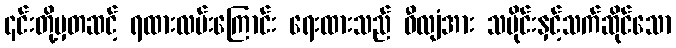
၎င်းတို့မှတဆင့် ရထားလမ်းကြောင်း ရေးထားသည် ဝီလျံအား သမိုင်းနှင့်သက်ဆိုင်သော